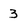
Character: 3